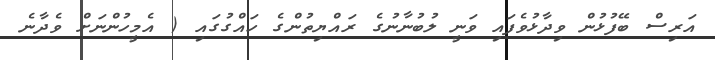
އަރިސް ބޭފުޅުން ވިދާޅުވެފައި ވަނީ ލުބުނާނުގެ ރައްޔިތުންގެ ހައްގުގައި ( އެމީހުންނަށް ވެދާނެ